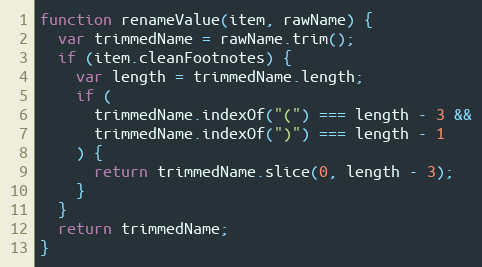
Language: JavaScript
function renameValue(item, rawName) {
  var trimmedName = rawName.trim();
  if (item.cleanFootnotes) {
    var length = trimmedName.length;
    if (
      trimmedName.indexOf("(") === length - 3 &&
      trimmedName.indexOf(")") === length - 1
    ) {
      return trimmedName.slice(0, length - 3);
    }
  }
  return trimmedName;
}